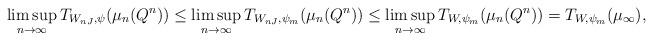
LaTeX: \begin{align*}\limsup_{n \to \infty} T_{W_{nJ}, \psi}(\mu_n(Q^n)) &\le \limsup_{n \to \infty} T_{W_{nJ},\psi_m}(\mu_n(Q^n)) \le \limsup_{n \to \infty} T_{W,\psi_m}(\mu_n(Q^n)) = T_{W,\psi_m}(\mu_\infty), \end{align*}